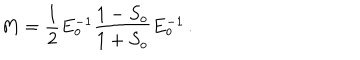
M = \frac { 1 } { 2 } E _ { o } ^ { - 1 } \frac { 1 - S _ { o } } { 1 + S _ { o } } E _ { o } ^ { - 1 } \, .